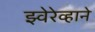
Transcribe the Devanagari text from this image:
झ्वेरेव्हाने